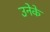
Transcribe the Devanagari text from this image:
उनेके